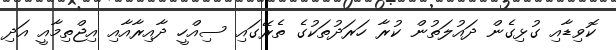
ކޮވިޑާއި ގުޅިގެން ދައުލަތުން ކުރާ ހަރަދުތަކުގެ ތެރޭގައި ސިއްހީ ދާއިރާއާއި އިޖްތިމާއީ އަދި